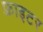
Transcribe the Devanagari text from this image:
फ़्राइटर